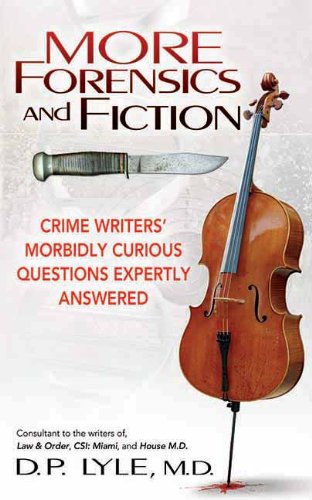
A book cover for More Forensics and Fiction: Crime Writers' Morbidly Curious Questions Expertly Answered (Marder and Mayhem); Douglas P. Lyle; Mystery, Thriller & Suspense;